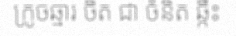
ក្រូចឆ្មារ ចិត ជា ចំនិត ឆ្កឹះ